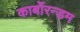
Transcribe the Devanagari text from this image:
कार्बोरन्डम